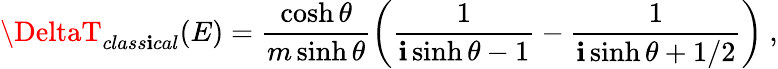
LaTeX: \DeltaT_{class\mathbf{i}cal}(E)=\frac{{\cosh\theta}}{{m\sinh\theta}}\left(\frac{{1}}{{\mathbf{i}\sinh\theta-1}}-\frac{{1}}{{\mathbf{i}\sinh\theta+1/2}}\right)\ ,